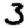
Digit: 3